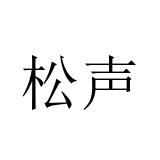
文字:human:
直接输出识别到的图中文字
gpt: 松声